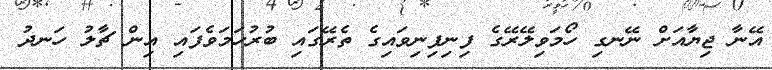
އޭނާ ޖިޔާއަށް ނޭނގި ހޯމަވިލޭރޭގެ ފިނިފިނިވައިގެ ތެރޭގައި ބުރުހަމަވެފައި އިން ޗާލު ހަނދު